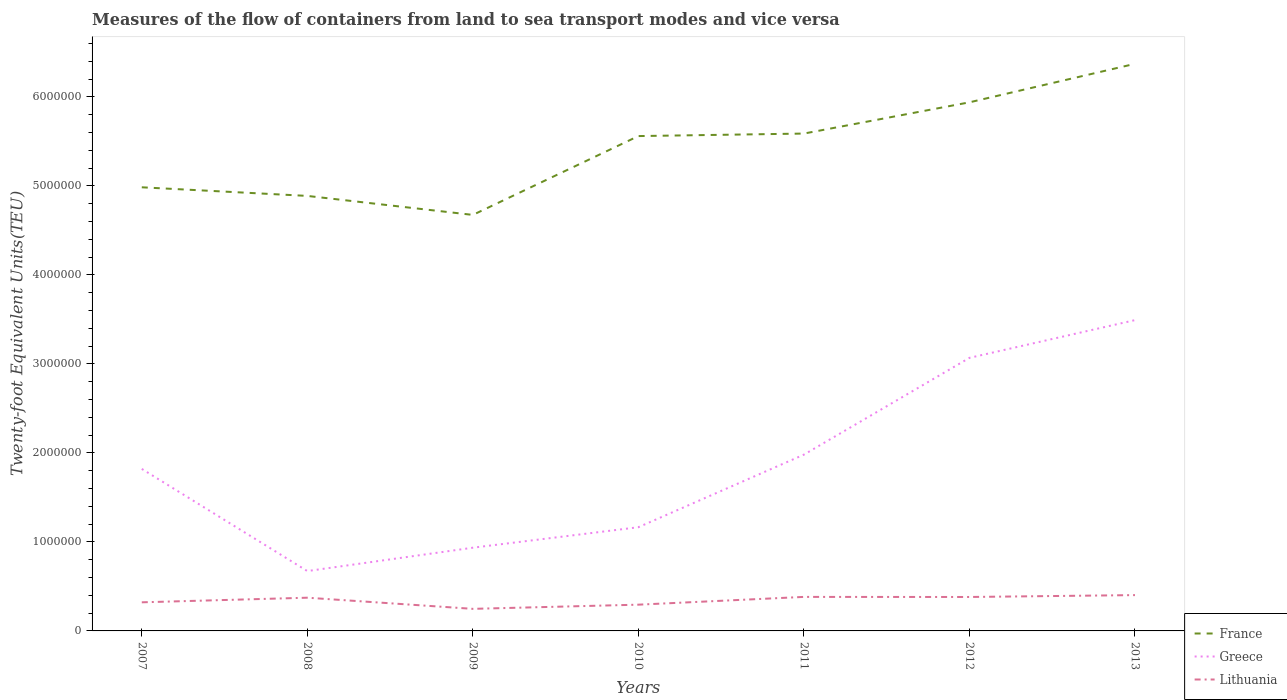
| Years | France | Greece | Lithuania |
 | --- | --- | --- | --- |
 | 2007 | 4.98e+06 | 1.82e+06 | 3.21e+05 |
 | 2008 | 4.89e+06 | 6.73e+05 | 3.73e+05 |
 | 2009 | 4.67e+06 | 9.35e+05 | 2.48e+05 |
 | 2010 | 5.56e+06 | 1.17e+06 | 2.95e+05 |
 | 2011 | 5.59e+06 | 1.98e+06 | 3.82e+05 |
 | 2012 | 5.94e+06 | 3.07e+06 | 3.81e+05 |
 | 2013 | 6.37e+06 | 3.49e+06 | 4.02e+05 |